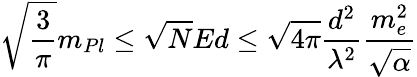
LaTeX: \sqrt{\frac{3}{\pi}}m_{Pl}\leq\sqrt{N}Ed\leq\sqrt{4\pi}\frac{d^{2}}{\lambda^{2}}\frac{m_{e}^{2}}{\sqrt{\alpha}}